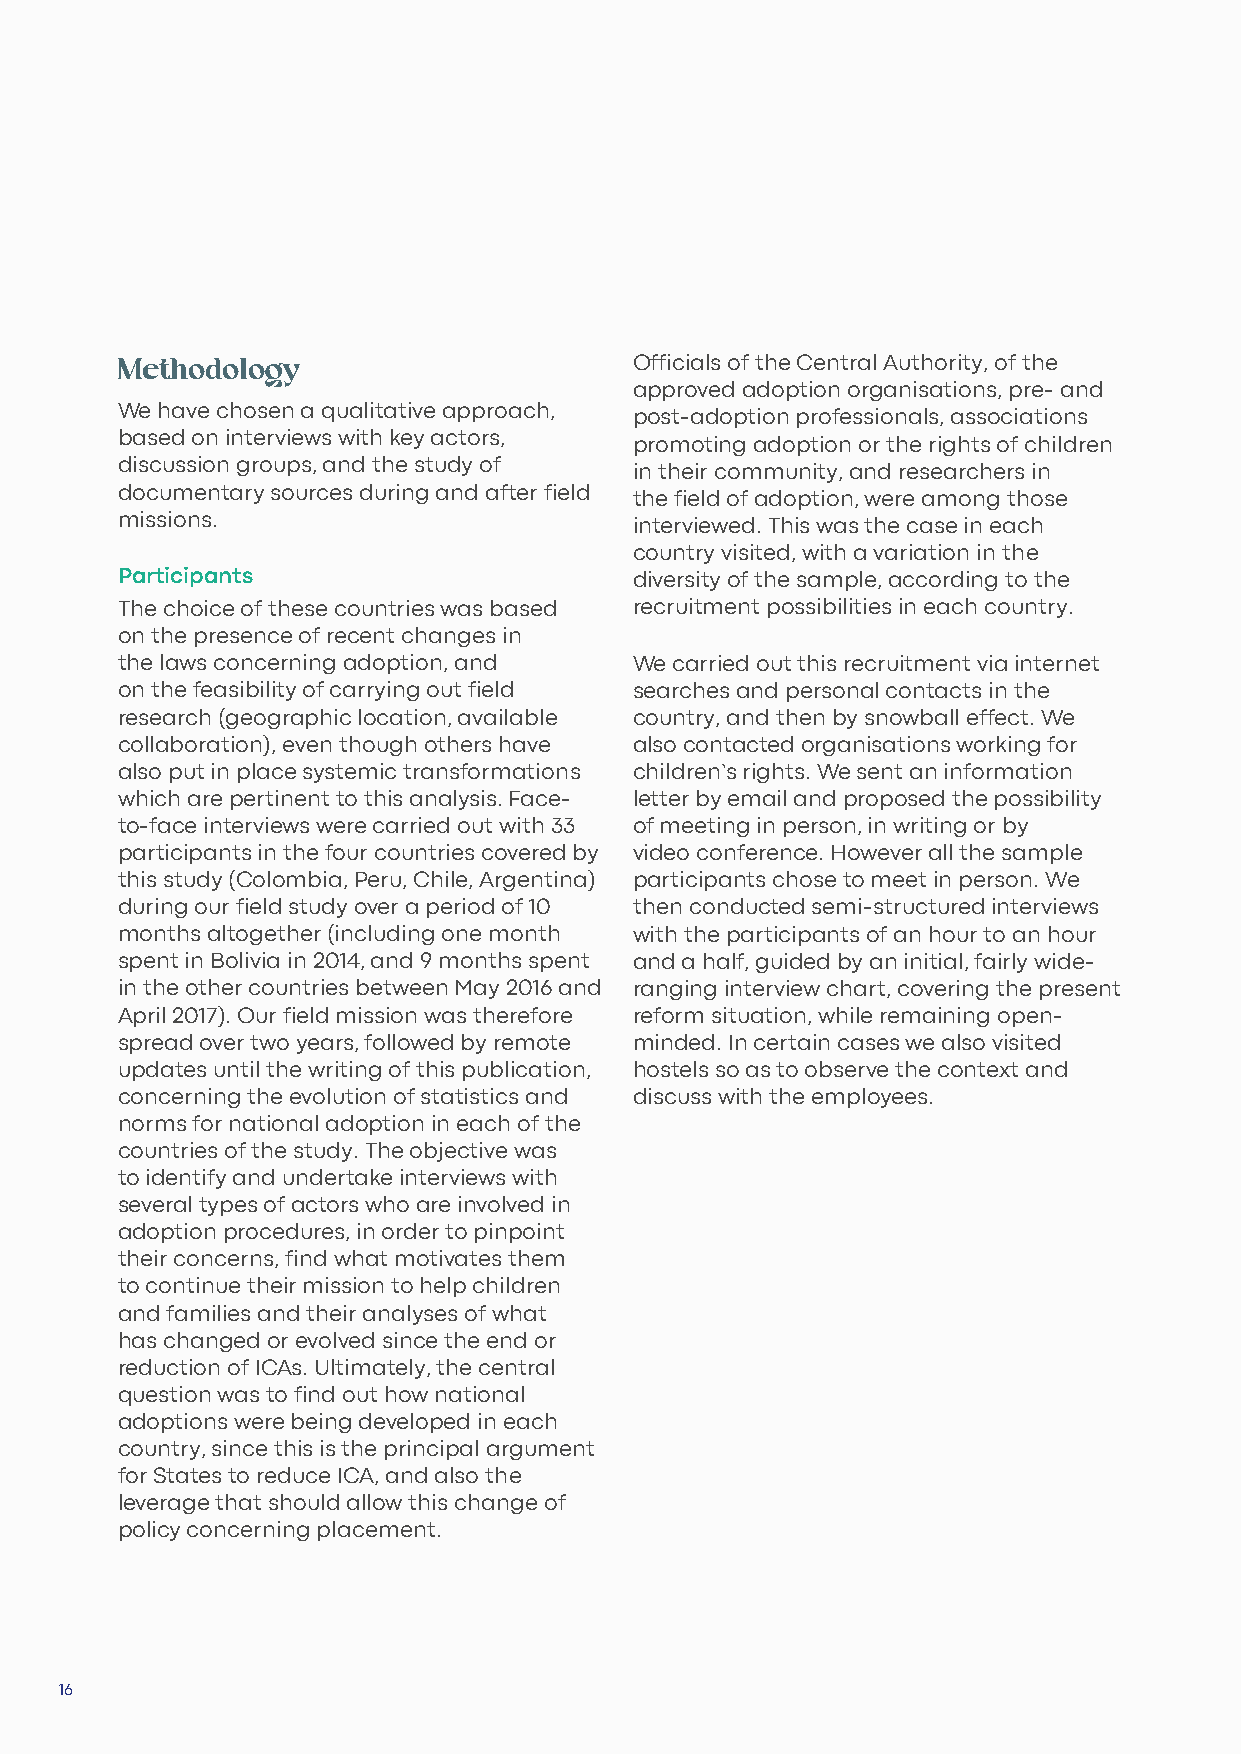
Methodology                       Officials of the Central Authority, of the
 approved adoption organisations, pre- and
 We have chosen a qualitative approach, post-adoption professionals, associations
 based on interviews with key actors, promoting adoption or the rights of children
 discussion groups, and the study of in their community, and researchers in
 documentary sources during and after field the field of adoption, were among those
 missions.                         interviewed. This was the case in each
 country visited, with a variation in the
 Participants                      diversity of the sample, according to the
 The choice of these countries was based recruitment possibilities in each country.
 on the presence of recent changes in
 the laws concerning adoption, and We carried out this recruitment via internet
 on the feasibility of carrying out field searches and personal contacts in the
 research (geographic location, available country, and then by snowball effect. We
 collaboration), even though others have also contacted organisations working for
 also put in place systemic transformations children’s rights. We sent an information
 which are pertinent to this analysis. Face- letter by email and proposed the possibility
 to-face interviews were carried out with 33 of meeting in person, in writing or by
 participants in the four countries covered by video conference. However all the sample
 this study (Colombia, Peru, Chile, Argentina) participants chose to meet in person. We
 during our field study over a period of 10 then conducted semi-structured interviews
 months altogether (including one month with the participants of an hour to an hour
 spent in Bolivia in 2014, and 9 months spent and a half, guided by an initial, fairly wide-
 in the other countries between May 2016 and ranging interview chart, covering the present
 April 2017). Our field mission was therefore reform situation, while remaining open-
 spread over two years, followed by remote minded. In certain cases we also visited
 updates until the writing of this publication, hostels so as to observe the context and
 concerning the evolution of statistics and discuss with the employees.
 norms for national adoption in each of the
 countries of the study. The objective was
 to identify and undertake interviews with
 several types of actors who are involved in
 adoption procedures, in order to pinpoint
 their concerns, find what motivates them
 to continue their mission to help children
 and families and their analyses of what
 has changed or evolved since the end or
 reduction of ICAs. Ultimately, the central
 question was to find out how national
 adoptions were being developed in each
 country, since this is the principal argument
 for States to reduce ICA, and also the
 leverage that should allow this change of
 policy concerning placement.
 16